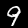
Digit: 9